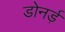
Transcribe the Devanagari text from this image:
डोनर्ड़